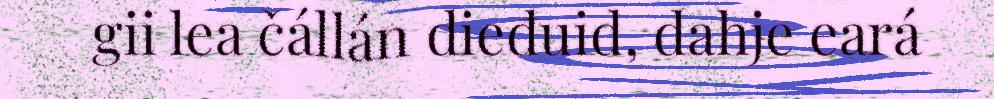
gii lea čállán dieđuid, dahje eará